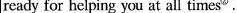
ready for helping you at all times^{1}.